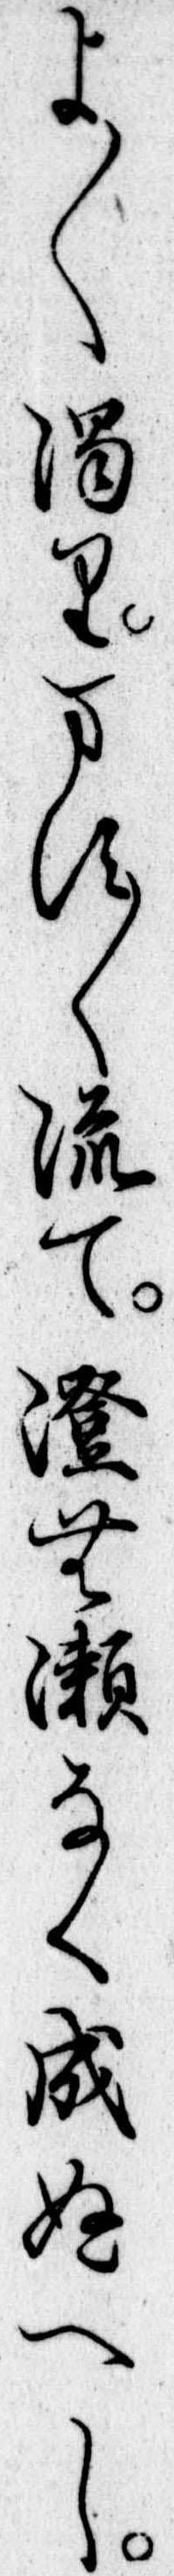
よ〱濁ります〱流て澄む瀬なく成ぬへし